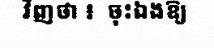
វិញថា ៖  ចុះឯងឱ្យ